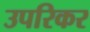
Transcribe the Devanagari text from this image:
उपरिकर